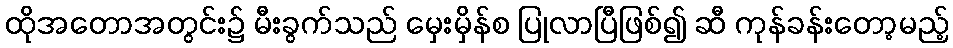
ထိုအတောအတွင်း၌ မီးခွက်သည် မှေးမှိန်စ ပြုလာပြီဖြစ်၍ ဆီ ကုန်ခန်းတော့မည့်